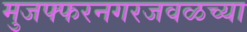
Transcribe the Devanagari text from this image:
मुजफ्फरनगरजवळच्या